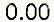
0.00